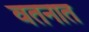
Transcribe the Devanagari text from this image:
वतनात